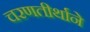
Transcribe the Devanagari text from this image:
चरणतीर्थाने